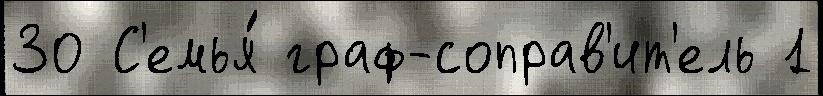
30 С'емья́ граф-соправ'ит'ель 1